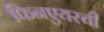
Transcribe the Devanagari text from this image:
फिनएयरची